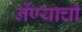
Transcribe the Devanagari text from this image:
नेंण्याची